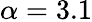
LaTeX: \alpha=3.1